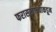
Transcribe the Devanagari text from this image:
फरासखान्याकडून